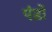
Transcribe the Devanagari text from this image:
पंड़ों